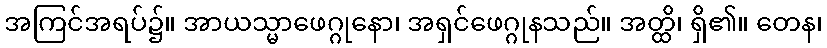
အကြင်အရပ်၌။ အာယသ္မာဖေဂ္ဂုနော၊ အရှင်ဖေဂ္ဂုနသည်။ အတ္ထိ၊ ရှိ၏။ တေန၊